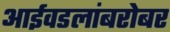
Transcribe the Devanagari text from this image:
आईवडलांबरोबर